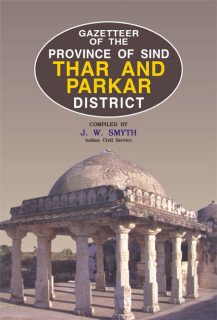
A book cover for Gazetteer of the Thar and Parkar; Travel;